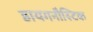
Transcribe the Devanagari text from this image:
डायगनौस्टिक